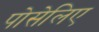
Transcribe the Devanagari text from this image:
पोसेलिए